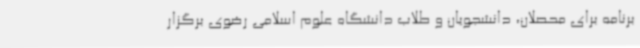
برنامه برای محصلان، دانشجویان و طلاب دانشگاه علوم اسلامی رضوی برگزار